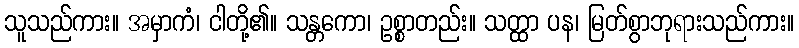
သူသည်ကား။ အမှာကံ၊ ငါတို့၏။ သန္တကော၊ ဥစ္စာတည်း။ သတ္ထာ ပန၊ မြတ်စွာဘုရားသည်ကား။